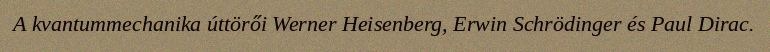
A kvantummechanika úttörői Werner Heisenberg, Erwin Schrödinger és Paul Dirac.